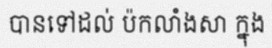
បានទៅដល់ ប៉កលាំងសា ក្នុង